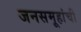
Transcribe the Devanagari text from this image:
जनसमूहांची